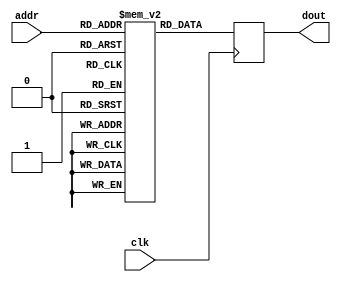
module rom (
  input            clk,
  input [11:0]     addr,
  output reg [7:0] dout,
);

  parameter MEM_INIT_FILE = "";
   
  reg [7:0] rom [0:4095];

  initial
    if (MEM_INIT_FILE != "")
      $readmemh(MEM_INIT_FILE, rom);
   
  always @(posedge clk) begin
    dout <= rom[addr];
  end

endmodule